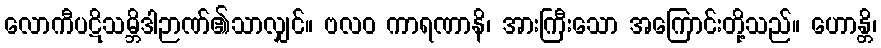
လောကီပဋိသမ္ဘိဒါဉာဏ်၏သာလျှင်။ ဗလဝ ကာရဏာနိ၊ အားကြီးသော အကြောင်းတို့သည်။ ဟောန္တိ၊